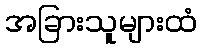
အခြားသူများထံ